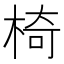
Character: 椅